Annual vaccination report of Bihar and Orissa - 1911-1928
Year: 1911
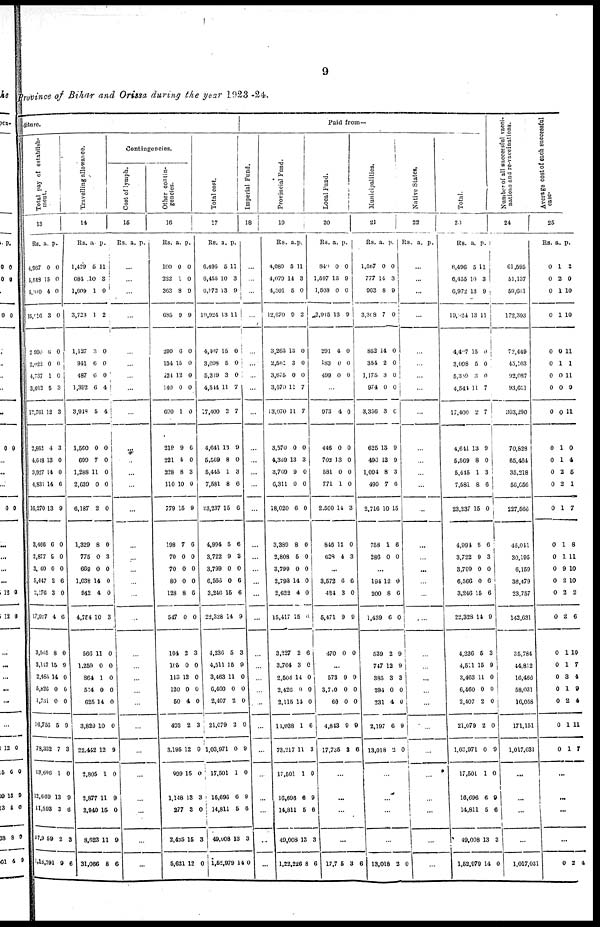
9
province of Bihar and Orissa during the year 1923 -24.
diture.
Total pay of establish-
ment.
13
Rs.
4,967
5,548
5,000
15,016
2,990
2,022
4,737
3,012
12,761
2,862
4,648
3,927
4,831
16,270
3,466
2,877
3,060
5,447
2,176
17,027
3,565
3,147
2,485
5,826
1,731
16,756
78,332
13,696
13,669
11,593
37,905
1,18,291
a.
0
15
4
3
6
0
1
5
12
4
13
14
14
13
0
9
0
2
3
4
8
15
14
0
0
5
7
1
13
3
2
9
p.
0
0
0
0
0
0
0
3
3
3
0
0
6
9
0
0
0
6
0
6
0
9
0
0
0
9
3
0
9
6
3
6
Travelling allowance.
14
Rs.
1,429
684
1,609
3,723
1,127
941
487
1,392
3,948
1,560
699
1,288
2,639
6,187
1,329
775
669
1,038
942
4,754
566
1,259
864
514
625
3,829
22,442
2,805
2,877
2,940
8,623
31,066
a.
6
10
1
1
3
6
6
6
5
0
7
11
0
2
8
0
0
14
4
10
11
0
1
0
14
10
12
1
11
15
11
8
p.
11
8
0
2
0
0
0
4
4
0
0
0
0
0
0
3
0
0
0
3
0
0
0
0
0
0
9
0
9
0
9
6
Contingencies.
Cost of lymph.
15
Rs. a. p.
...
...
...
...
...
...
...
...
...
...
...
...
...
...
...
...
...
...
...
...
...
...
...
...
...
...
...
...
...
...
...
...
Other contin-
gencies.
16
Rs.
100
222
363
695
290
134
124
140
690
219
221
228
110
779
198
70
70
80
128
547
104
105
113
120
50
493
3,195
999
1,148
277
2,425
5,621
a.
0
1
8
9
6
15
12
0
1
9
4
8
10
15
7
0
0
0
8
0
2
0
12
0
4
2
12
15
13
3
15
12
p.
0
0
9
9
0
0
0
0
0
6
0
3
0
9
6
0
0
0
6
0
3
0
0
0
0
3
9
0
3
0
3
0
Total cost.
17
Rs.
6,496
6,455
6,972
19,924
4,407
3,098
5,319
4,544
17,400
4,641
5,569
5,445
7,581
23,237
4,994
3,722
3,799
6,566
3,246
22,328
4,236
4,511
3,463
6,460
2,407
21,079
1,03,971
17,501
16,696
14,811
49,008
1,52979
a.
5
10
13
13
15
5
3
11
2
13
8
1
8
15
5
9
0
0
16
14
5
15
11
0
2
2
0
1
6
5
13
14
p.
11
3
9
11
0
0
0
7
7
9
0
3
6
6
6
3
0
6
6
9
3
9
0
0
0
0
9
0
9
6
3
0
Paid from—
Imperial Fund.
18
...
...
...
...
...
...
...
...
...
...
...
...
...
...
...
...
...
...
...
...
...
...
...
...
...
...
...
...
...
...
...
...
Provincial Fund.
19
Rs
4,089
4,079
4,501
12,670
3,263
2,562
3,675
3,570
13,070
3,570
4,369
3,769
6,311
18,020
3,389
2,808
3,799
2,798
2,622
15,417
3,227
3,764
2,504
2,426
2,115
11,038
73,217
17,501
16,696
14,811
49,908
1,22,226
a.
5
14
5
9
13
3
0
11
11
0
13
9
0
6
8
5
0
14
4
15
2
3
14
0
14
1
11
1
6
5
13
8
p.
11
3
0
2
0
0
0
7
7
0
3
0
0
0
0
0
0
0
0
0
6
0
0
0
0
6
3
0
9
6
3
6
Local Fund.
20
Rs.
840
1,597
1,503
3,915
291
183
499
a.
0
13
0
13
4
0
0
p.
0
9
0
9
0
0
0
...
973
446
702
581
771
2,500
846
628
4
0
13
0
1
14
12
4
0
0
0
0
0
3
0
3
...
3,572
424
5,471
470
6
3
9
0
6
0
9
0
...
573
3,700
60
4,843
17,735
9
0
0
9
3
9
0
0
9
6
...
...
...
...
17,705 3 6
Municipalities.
21
Rs.
1,567
777
963
3,308
852
354
1,175
974
3,356
625
493
1,094
499
2,716
758
286
a.
0
14
8
7
14
2
3
0
3
13
13
8
7
10
1
0
p.
0
3
9
0
0
0
0
0
0
9
9
3
6
15
6
0
...
194
200
1,439
539
747
385
294
231
2,197
13,018
12
8
6
2
12
3
0
4
6
2
0
6
0
9
9
3
0
0
9
0
...
...
...
...
13,018 2 0
Native States.
22
Rs. a. p.
...
...
...
...
...
...
...
...
...
...
...
...
...
...
...
...
...
...
...
...
...
...
...
...
...
...
...
...
...
...
...
...
Total.
23
Rs.
6,496
6,455
6,972
19,924
4,407
3,098
5,309
4,544
17,400
4,641
5,569
5,445
7,581
23,237
4,994
3,722
3,799
6,566
3,246
22,328
4,236
4,511
3,462
6,460
2,407
21,079
1,03,971
17,501
16,696
14,811
49,008
1,52,979
a.
5
10
13
13
15
5
3
11
2
13
8
1
8
15
5
9
0
0
15
14
5
15
11
0
2
2
0
1
6
5
13
14
p.
11
3
9
11
0
0
0
7
7
9
0
3
6
0
6
3
0
6
6
9
3
9
0
0
0
0
9
0
9
6
3
0
Number of all successful vacci-
nations and re-vaccinations.
24
61,595
51,137
59,631
172,393
72,449
45,103
92,087
93,651
303,290
70,828
65,464
35,218
56,656
227,566
46,041
30,195
6,159
36,479
23,757
143,631
35,784
44,812
16,466
58,031
16,058
171,151
1,017,031
...
...
...
...
1,017,031
Average cost of each successful
case.
25
Rs.
0
0
0
0
0
0
0
0
0
0
0
0
0
0
0
0
0
0
0
0
0
0
0
0
0
0
0
a.
1
2
1
1
0
1
0
0
0
1
1
2
2
1
1
1
9
2
2
2
1
1
3
1
2
1
1
p.
2
0
10
10
11
1
11
9
11
0
4
5
1
7
8
11
10
10
2
6
10
7
4
9
4
11
7
...
...
...
...
0
2 4